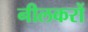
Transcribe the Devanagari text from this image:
नीलकरों